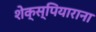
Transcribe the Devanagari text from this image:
शेक्स्पियाराना